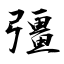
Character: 彊